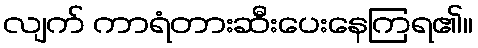
လျက် ကာရံတားဆီးပေးနေကြရ၏။